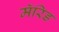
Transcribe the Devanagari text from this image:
मॅरिड